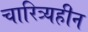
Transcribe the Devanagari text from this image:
चारित्र्यहीन